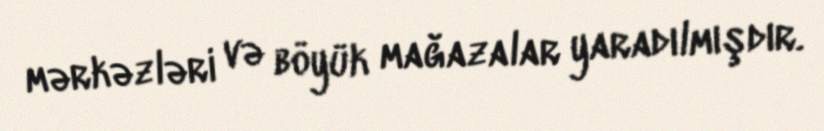
mərkəzləri və böyük mağazalar yaradılmışdır.